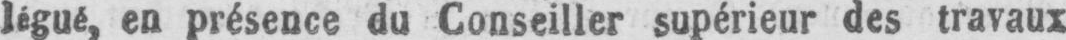
légué, en présence du Conseiller supérieur des travaux